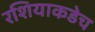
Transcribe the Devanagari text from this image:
रशियाकडेच